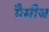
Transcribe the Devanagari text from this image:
मैसीज